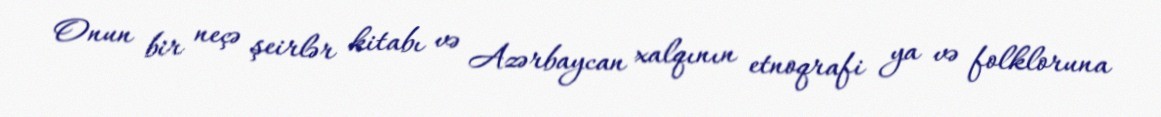
Onun bir neçə şeirlər kitabı və Azərbaycan xalqının etnoqrafi ya və folkloruna